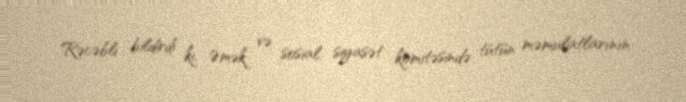
Rəcəbli bildirdi ki, Əmək və sosial siyasət komitəsində tütün məmulatlarının